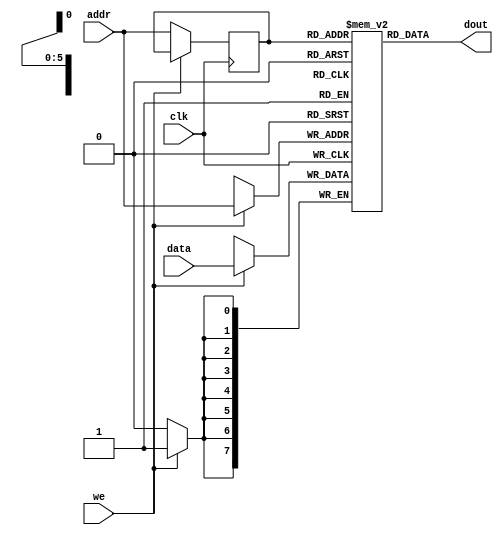
module singleportram(
input [7:0]data,
input [5:0]addr,
input we,
input clk,
output [7:0]dout
);
reg [7:0]ram[63:0];
reg [5:0]addr_reg;
always @ (posedge clk)
  begin
    if (we)
      ram[addr]<=data;
    else
      addr_reg <= addr;
   end
   
  assign dout= ram[addr_reg];
endmodule